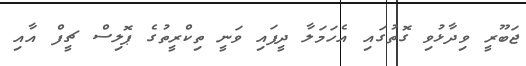
ޖަބޫރީ ވިދާޅުވި ގޮތުގައި އެހަމަލާ ދީފައި ވަނީ ތިކްރީތުގެ ޕޮލިސް ޗީފް އާއި